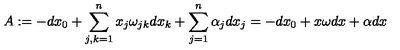
A : = - d x _ { 0 } + \sum _ { j , k = 1 } ^ { n } x _ { j } \omega _ { j k } d x _ { k } + \sum _ { j = 1 } ^ { n } \alpha _ { j } d x _ { j } = - d x _ { 0 } + x \omega d x + \alpha d x